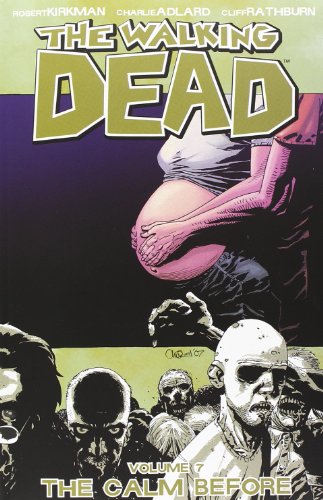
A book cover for The Walking Dead, Vol. 7: The Calm Before; Robert Kirkman; Comics & Graphic Novels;